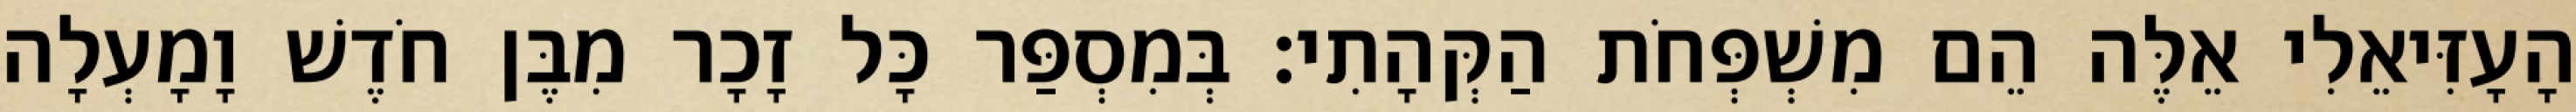
הָעָזִּיאֵלִי אֵלֶּה הֵם מִשְׁפְּחֹת הַקְּהָתִי׃ בְּמִסְפַּר כָּל זָכָר מִבֶּן חֹדֶשׁ וָמָעְלָה